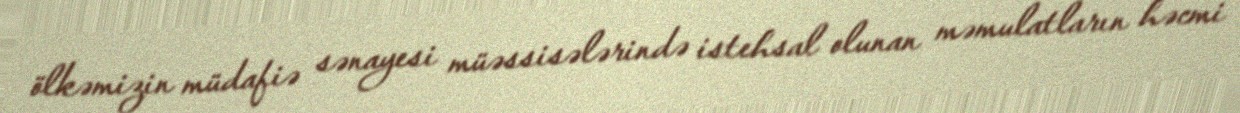
ölkəmizin müdafiə sənayesi müəssisələrində istehsal olunan məmulatların həcmi